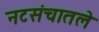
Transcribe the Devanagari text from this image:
नटसंचातले